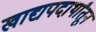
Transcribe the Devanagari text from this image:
खाद्यपदार्थांतून